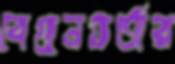
বেগুনভর্তার